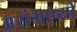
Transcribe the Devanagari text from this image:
असंभाष्यो